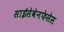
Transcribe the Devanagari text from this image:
साईसेवेनफेसेस